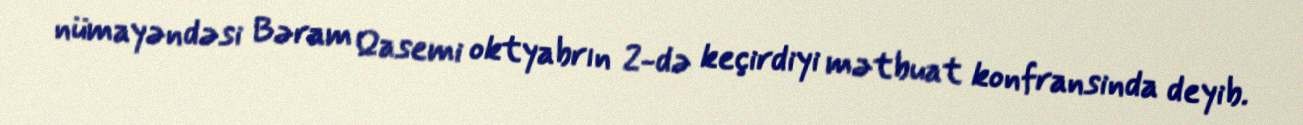
nümayəndəsi Bəram Qasemi oktyabrın 2-də keçirdiyi mətbuat konfransinda deyib.